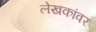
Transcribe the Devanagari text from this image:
लेखकांवर